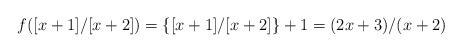
LaTeX: \begin{align*} f([x+1]/[x+2])=\{[x+1]/[x+2]\}+1=(2x+3)/(x+2) \end{align*}